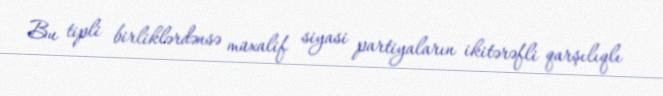
Bu tipli birliklərdənsə müxalif siyasi partiyaların ikitərəfli qarşılıqlı